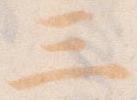
三